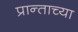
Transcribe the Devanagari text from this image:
प्रान्ताच्या